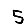
Digit: 5